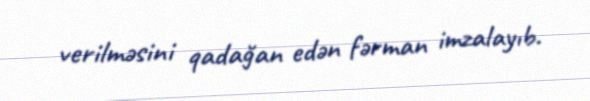
verilməsini qadağan edən fərman imzalayıb.